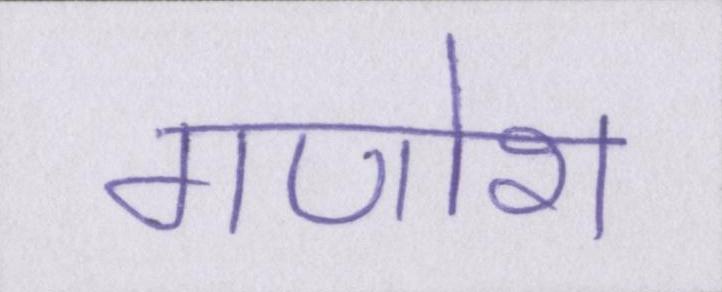
गणोश